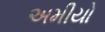
અમીયો